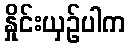
နှိုင်းယှဉ်ပါက